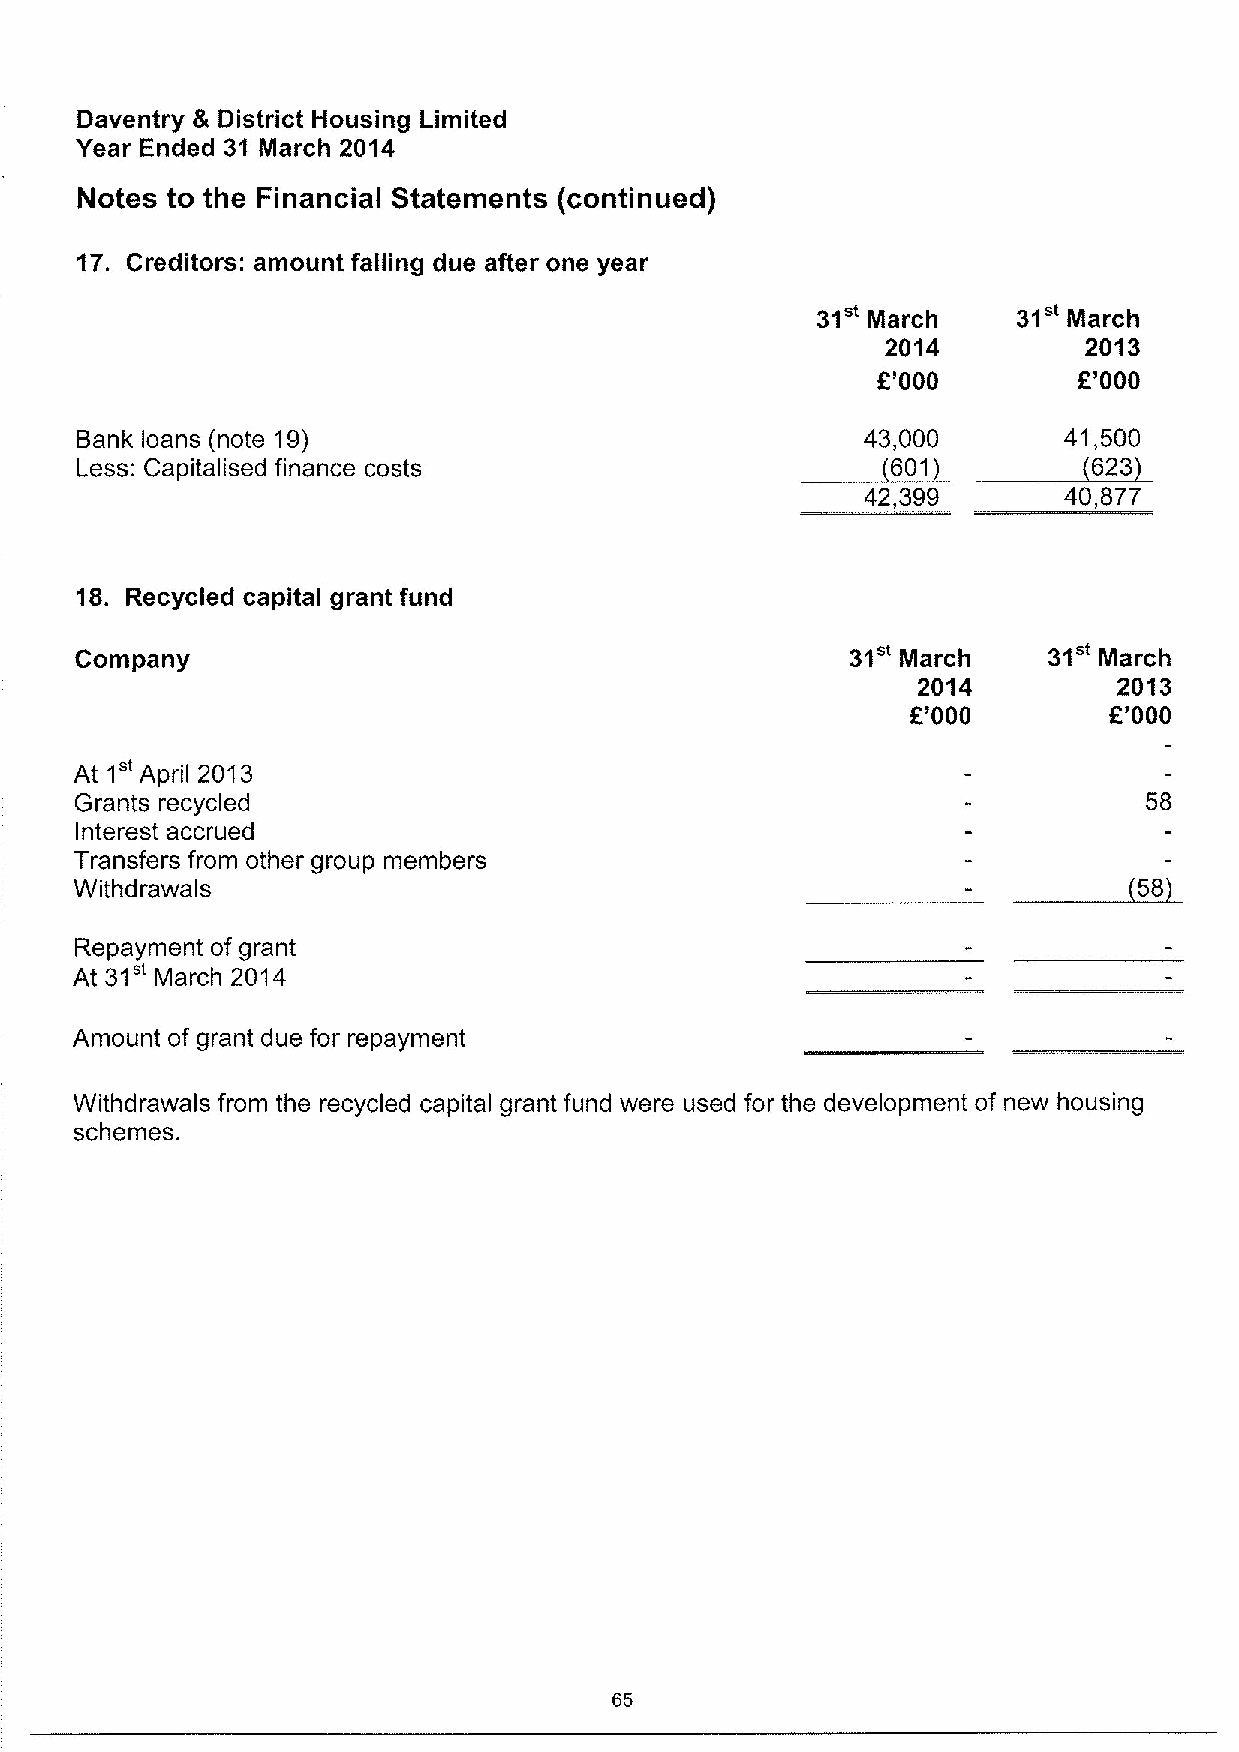
Daventry & District Housing Limited
 Year Ended 31 March 2014
 Notes to the Financial Statements (continued)
 17. Creditors: amount falling due after one year
 31"          31"
 March         March
 2014         2013
 E'000        E'000
 ~623
 Bank loans (note 19)                            ~6403,0100       41,500
 Less: Capitalised finance costs
 42,399       40,877
 18. Recycled capital grant fund
 31"          31"
 Company                                                March        March
 2014         2013
 8'000        K'000
 1"
 At  April 2013
 Grants recycled                                                        58
 Interest accrued
 Transfers from other group members
 Withdrawals
 Repayment of grant
 31"
 At   March 2014
 Amount of grant due for repayment
 Withdrawals from the recycled capital grant fund were used for the development of new housing
 schemes.
 65